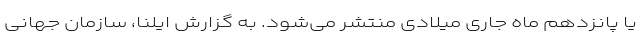
یا پانزدهم ماه جاری میلادی منتشر می‌شود. به گزارش ایلنا، سازمان‌ جهانی